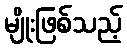
မျိုးဖြစ်သည့်